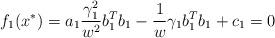
LaTeX: \begin{align*} f_{1}(x^{*})=a_{1}\frac{\gamma_{1}^{2}}{w^{2}}b^{T}_{1}b_{1}-\frac{1}{w}\gamma_{1}b_{1}^{T} b_{1}+c_{1}=0\end{align*}